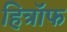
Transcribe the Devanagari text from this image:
हित्रॉफ